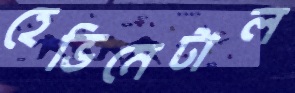
হেভিমেটাল